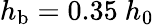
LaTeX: h_{\mathrm{b}}=0.35~h_{0}